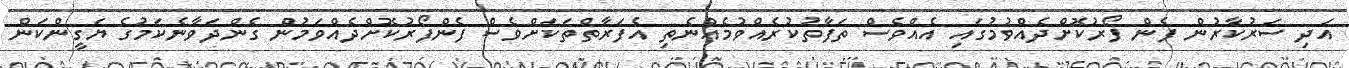
އަދި ސަރުކާރުން ފެން ފޯރުކޮށްދެއްވުމުގައި އެއްވެސް ތަފާތުކުރެއްވުމެއްނެތި އެފަރާތްތަކަށްވެސް ފެންފޯރުކޮށްދެއްވަމުން ގެންދަވާނެކަމުގެ ޔަގީންކަން